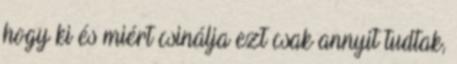
hogy ki és miért csinálja ezt csak annyit tudtak,